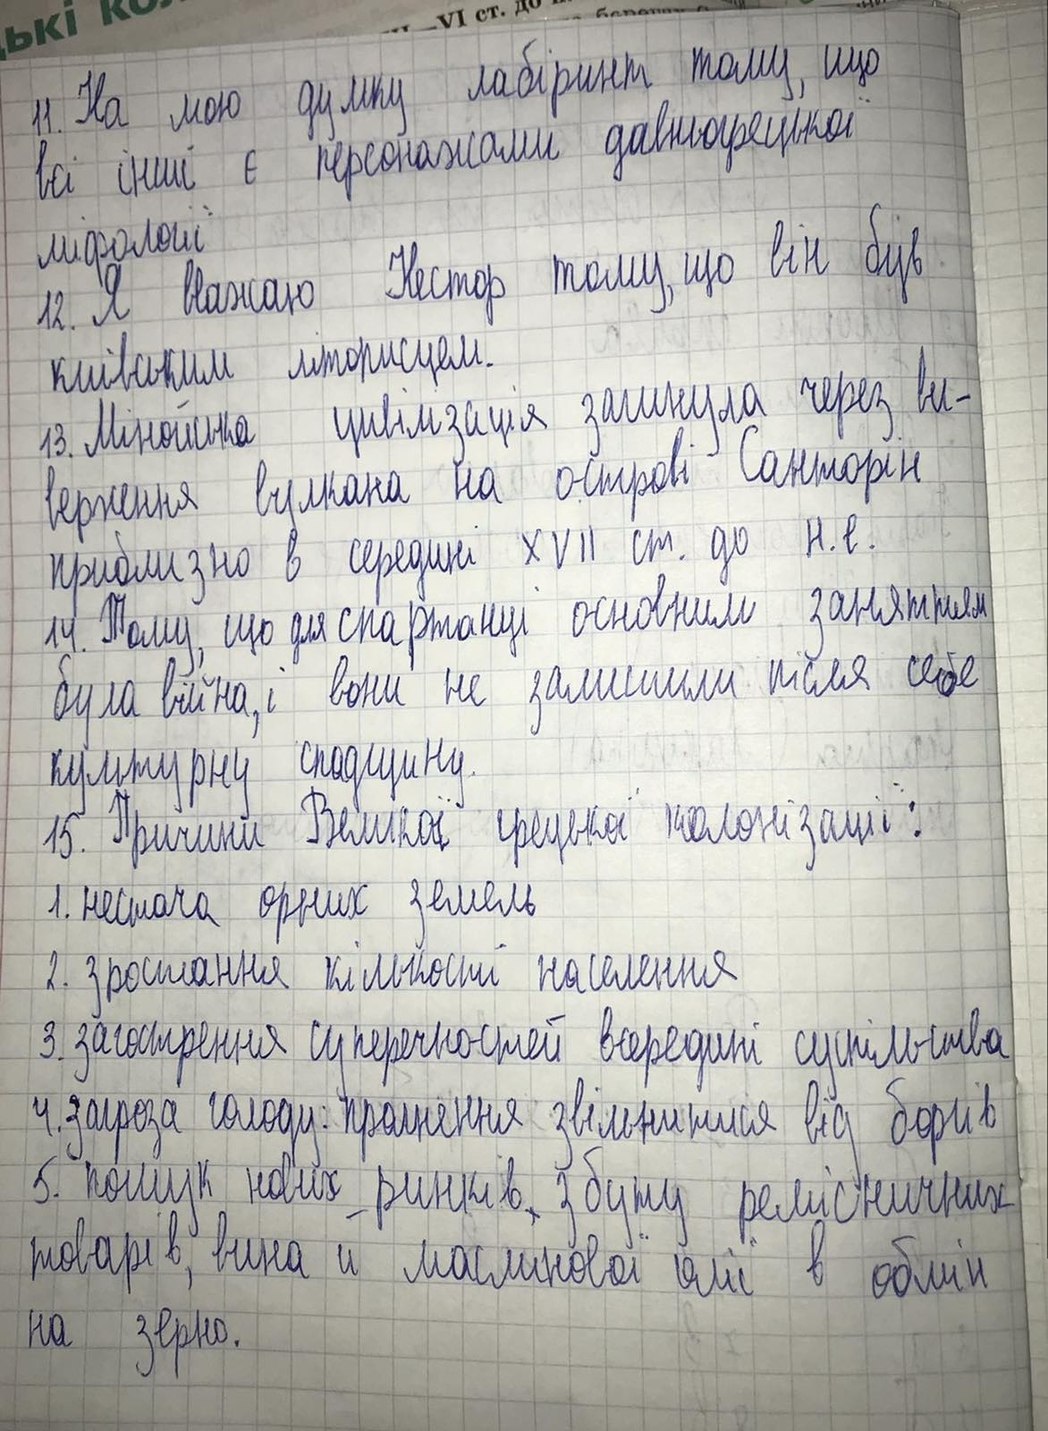
ькі ко
VI ст. до
11. На мою думку лабіринт тому, що
всі інші є персонажами давньогрецької
міфології
12. Я вважаю Нестор тому, що він був
київським літописцем.
13. Мінойська цивілізація загинула через ви-
верження вулкана на острові  Санторін
приблизно в середині XVII ст. до н.е.
14. Тому, що для спартанці основним заняттям
була війна, і вони не залишили після себе
культурну спадщину.
15. Причини Великої грецької колонізації:
1. нестача орних земель
2. зростання кількості населення
3. загострення суперечностей всередині суспільства
4. загроза голоду: прагнення звільнитися від боргів
5. пошук нових ринків ~~,~~ збуту ремісничних
товарів, вина й маслинової олії в обмін
на зерно.